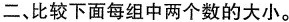
二、比较下面每组中两个数的大小。